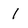
Character: 1